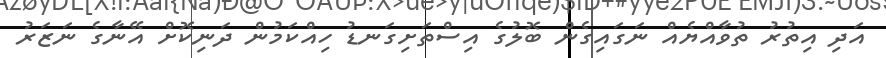
އަދި އިތުރު ތުވާއްޔެއް ނަގައިގެން ބޮލުގެ އިސްތަށިގަނޑު ހިއްކަމުން ދަނިކޮށް އޭނާގެ ނަޒަރު